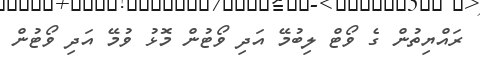
ރައްޔިތުން ގެ ވޯޓް ލިބުމޭ އަދި ވޯޓުން މޮޅު ވުމޭ އަދި ވޯޓުން